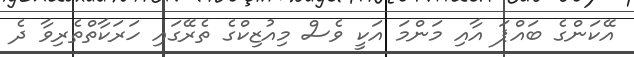
އޭކަންގެ ބައްޕަ އާއި މަންމަ އަކީ ވެސް މިއުޒިކްގެ ތެރޭގައި ހަރަކާތްތެރިވާ ދެ